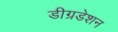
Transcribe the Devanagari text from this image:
डीग्रडेशन